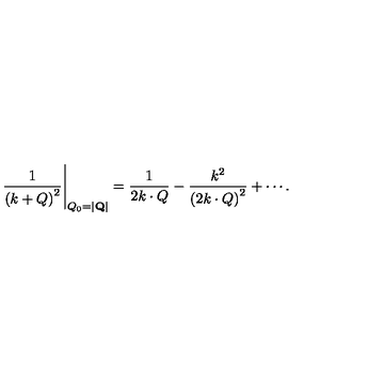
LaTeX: \left. \frac { 1 } { \left( k + Q \right) ^ { 2 } } \right| _ { Q _ { 0 } = | { \bf Q } | } = \frac { 1 } { 2 k \cdot Q } - \frac { k ^ { 2 } } { \left( 2 k \cdot Q \right) ^ { 2 } } + \cdots .